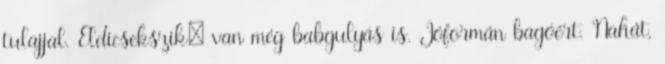
tulajjal. Eldicsekszik: van még babgulyás is. Jóformán bagóért. Nahát,